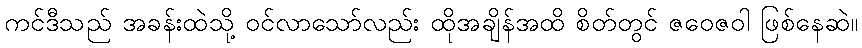
ကင်ဒီသည် အခန်းထဲသို့ ဝင်လာသော်လည်း ထိုအချိန်အထိ စိတ်တွင် ဇဝေဇဝါ ဖြစ်နေဆဲ။